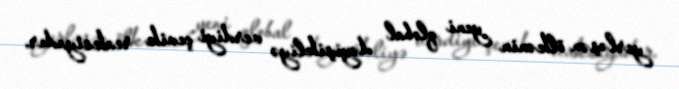
yerləşən ölkənin yeni qlobal dəyişikliyə verdiyi çevik reaksiyadır.